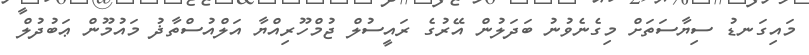
މައިގަނޑު ސިޔާސަތަށް މިގެނެވުނު ބަދަލުން އޭރުގެ ރައީސުލް ޖުމްހޫރިއްޔާ އަލްއުސްތާޛު މައުމޫން ޢަބުދުލް